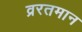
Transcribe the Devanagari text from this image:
व्ररतमान